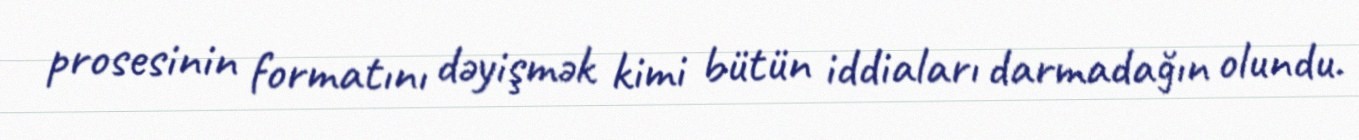
prosesinin formatını dəyişmək kimi bütün iddiaları darmadağın olundu.